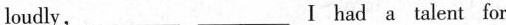
loudly,___ ___Ⅰ had a talent for